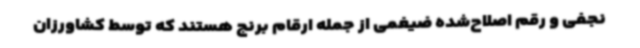
نجفی و رقم اصلاح‌شده ضیغمی از جمله ارقام برنج هستند که توسط کشاورزان